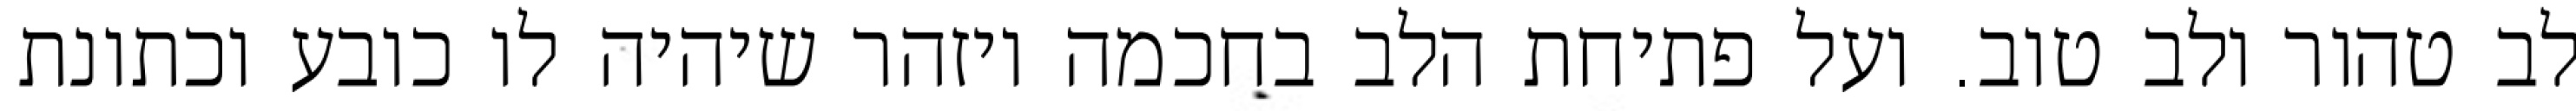
לב טהור ולב טוב. ועל פתיחת הלב בחכמה ויזהר שיהיה לו כובע וכתונת